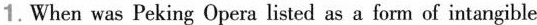
1.When was Peking Opera listed as a form of intangible